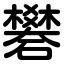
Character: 礬